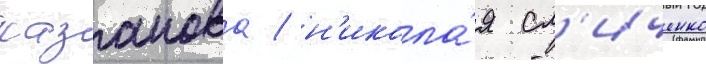
хазанова / н'икола́я сл'иченко